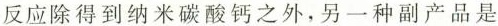
反应除得到纳米碳酸钙之外，另一种副产品是